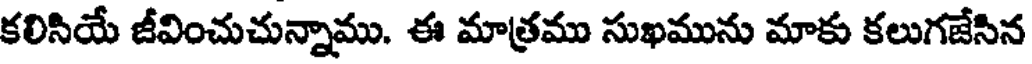
కలిసియే జీవించుచున్నాము. ఈ మాత్రము సుఖమును మాకు కలుగజేసిన